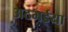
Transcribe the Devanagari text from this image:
अठभईया